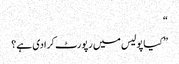
“
” کیا پولیس میں رپورٹ کرادی ہے؟